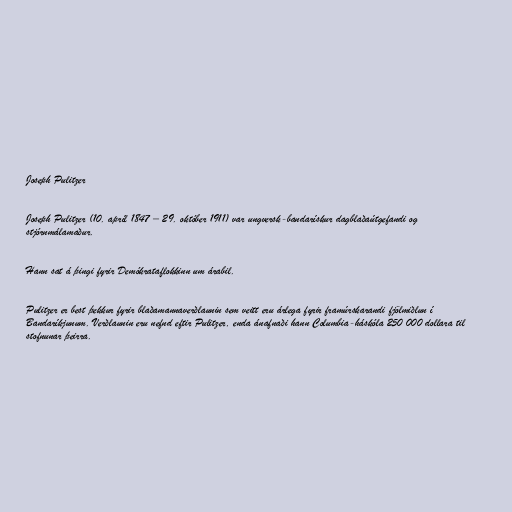
Joseph Pulitzer

Joseph Pulitzer (10. apríl 1847 – 29. október 1911) var ungversk-bandarískur dagblaðaútgefandi og
stjórnmálamaður.

Hann sat á þingi fyrir Demókrataflokkinn um árabil.

Pulitzer er best þekkur fyrir blaðamannaverðlaunin sem veitt eru árlega fyrir framúrskarandi fjölmiðlun í
Bandaríkjunum. Verðlaunin eru nefnd eftir Pulitzer, enda ánafnaði hann Columbia-háskóla 250 000 dollara til
stofnunar þeirra.